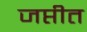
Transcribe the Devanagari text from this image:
जप्तीत